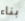
بناء